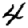
Digit: 4